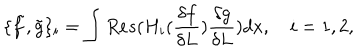
LaTeX: \{ \tilde { f } , \tilde { g } \} _ { i } = \int R e s ( H _ { i } ( \frac { \delta f } { \delta L } ) \frac { \delta g } { \delta L } ) d x , \quad i = 1 , 2 ,